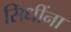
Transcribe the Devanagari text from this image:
सिंधींना